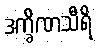
ဒက္ခိဏသီရိ